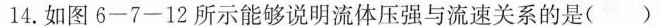
14.如图6-7-12所示能够说明流体压强与流速关系的是()